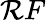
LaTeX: \mathcal{R}F